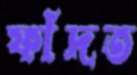
ফাঁদত